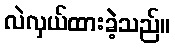
လဲလှယ်ထားခဲ့သည်။